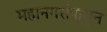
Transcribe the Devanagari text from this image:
महानगरांपासून